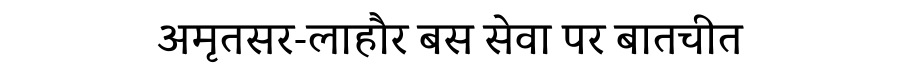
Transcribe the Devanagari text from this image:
अमृतसर-लाहौर बस सेवा पर बातचीत